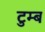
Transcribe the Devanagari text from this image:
टुम्ब